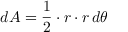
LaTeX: d A = { \frac { 1 } { 2 } } \cdot r \cdot r \, d \theta